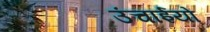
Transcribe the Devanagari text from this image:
उंचाईयों